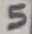
Text: 5